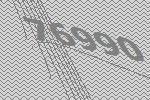
76990